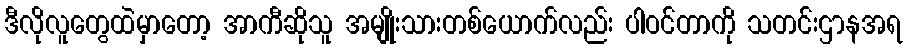
ဒီလိုလူတွေထဲမှာတော့ အာကီဆိုသူ အမျိုးသားတစ်ယောက်လည်း ပါဝင်တာကို သတင်းဌာနအရ